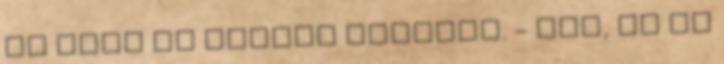
de csak az ölembe bámulva. - Nem, de ha